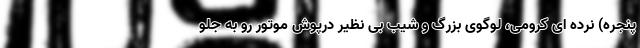
پنجره) نرده ای کرومی، لوگوی بزرگ و شیب بی نظیر درپوش موتور رو به جلو